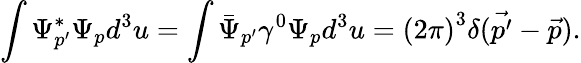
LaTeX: \int\Psi_{p^{\prime}}^{*}\Psi_{p}d^{3}u=\int{\bar{\Psi}}_{p^{\prime}}\gamma^{0}\Psi_{p}d^{3}u={(2\pi)}^{3}\delta(\vec{p^{\prime}}-\vec{p}).